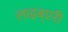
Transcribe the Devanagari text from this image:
लाइब्एरी